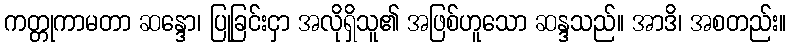
ကတ္တုကာမတာ ဆန္ဒော၊ ပြုခြင်းငှာ အလိုရှိသူ၏ အဖြစ်ဟူသော ဆန္ဒသည်။ အာဒိ၊ အစတည်း။